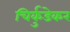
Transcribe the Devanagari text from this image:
चिर्कुडेकर